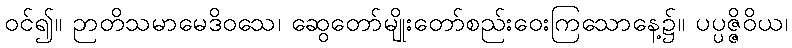
ဝင်၍။ ဉာတိသမာမေဒိဝသေ၊ ဆွေတော်မျိုးတော်စည်းဝေးကြသောနေ့၌။ ပပ္ပဇ္ဇိဝိယ၊